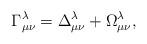
LaTeX: \begin{align*}\Gamma^\lambda_{\mu\nu}=\Delta^\lambda_{\mu\nu}+\Omega^\lambda_{\mu\nu},\end{align*}